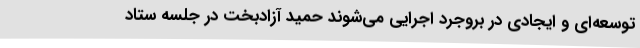
توسعه‌ای و ایجادی در بروجرد اجرایی می‌شوند حمید آزادبخت در جلسه ستاد